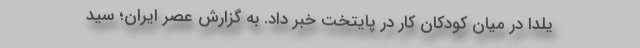
یلدا در میان کودکان کار در پایتخت خبر داد. به گزارش عصر ایران؛ سید